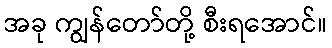
အခု ကျွန်တော်တို့ စီးရအောင်။